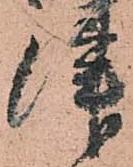
津